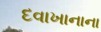
દવાખાનાના